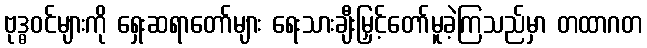
ဗုဒ္ဓဝင်များကို ရှေးဆရာတော်များ ရေးသားချီးမြှင့်တော်မူခဲ့ကြသည်မှာ တထာဂတ